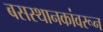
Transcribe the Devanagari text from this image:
बसस्थानकांवरून